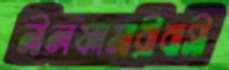
নীলফামারীবাসী